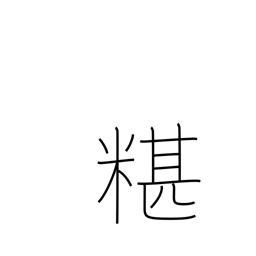
Meaning: mixing rice into soup